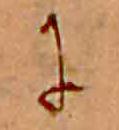
に